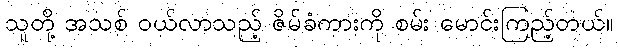
သူတို့ အသစ် ဝယ်လာသည့် ဇိမ်ခံကားကို စမ်း မောင်းကြည့်တယ်။